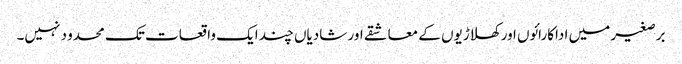
برصغیر میں اداکارائوں اور کھلاڑیوں کے معاشقے اور شادیاں چند ایک واقعات تک محدو د نہیں۔